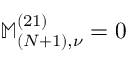
\mathbb { M } _ { ( N + 1 ) , \nu } ^ { ( 2 1 ) } = 0